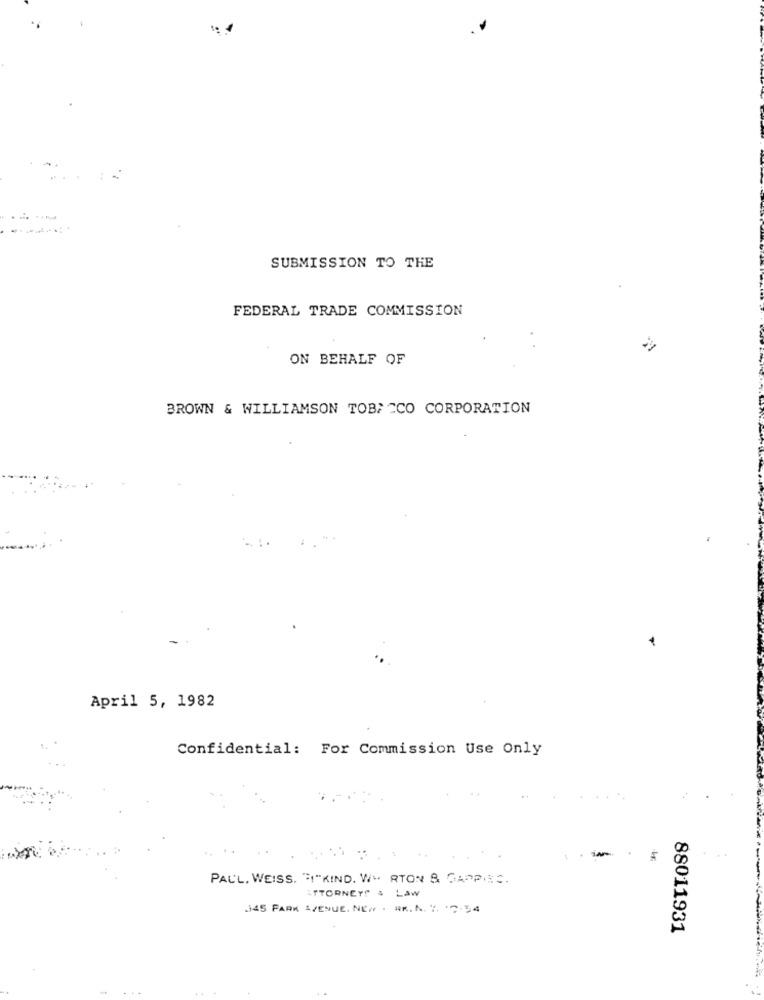
.... .
----.
SUBMISSION TO THE
FEDERAL TRADE COMMISSION
ON BEHALF OF
BROWN & WILLIAMSON TOBACCO CORPORATION
April 5, 1982
Confidential: For Commission Use Only
PAUL, WEISS. "I"KIND. W" RTON & GAPPIES.
ATTORNEYS & LAW
345 PARK AVENUE. NE# . #R. N. Y. '2.54
88011931